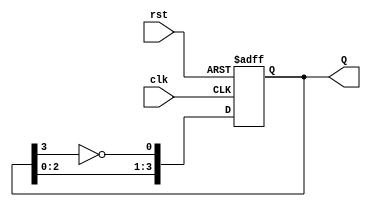
module ring_johnson_counter #(
    parameter n = 4  // Number of flip-flops (adjustable)
) (
    input wire clk,         // Clock input
    input wire rst,         // Asynchronous reset input
    output reg [n-1:0] Q    // Counter output
);

// Internal signal for the feedback mechanism
wire feedback;

assign feedback = ~Q[n-1]; // Inverted output of the last flip-flop

always @(posedge clk or posedge rst) begin
    if (rst) begin
        Q <= {n{1'b0}}; // Reset all outputs to 0
    end else begin
        // Shift the output values and feedback the inverted last bit
        Q <= {Q[n-2:0], feedback};
    end
end

endmodule